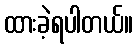
ထားခဲ့ရပါတယ်။